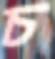
চ